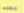
ببعضها